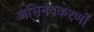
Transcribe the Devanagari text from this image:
अभिनवकरणों